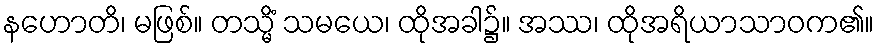
နဟောတိ၊ မဖြစ်။ တသ္မိံ သမယေ၊ ထိုအခါ၌။ အဿ၊ ထိုအရိယာသာဝက၏။